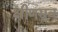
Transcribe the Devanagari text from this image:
क्षीणस्रव